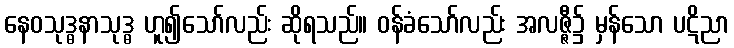
နေဝသုဒ္ဓနာသုဒ္ဓ ဟူ၍သော်လည်း ဆိုရသည်။ ဝန်ခံသော်လည်း အလဇ္ဇီ၌ မှန်သော ပဋိညာ